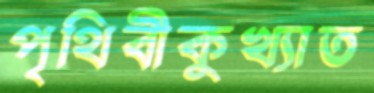
পৃথিবীকুখ্যাত